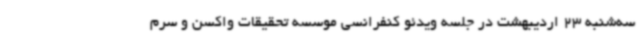
سه‌شنبه 23 اردیبهشت در جلسه ویدئو کنفرانسی موسسه تحقیقات واکسن و سرم